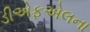
ડીએફએલના